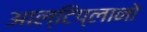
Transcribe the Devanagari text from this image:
आल्टिप्लानो